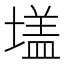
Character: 𭏦